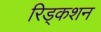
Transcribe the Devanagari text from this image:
रिड्कशन